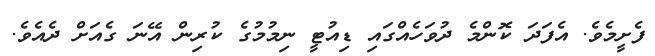
ފެށީމެވެ. އެފަދަ ކޮންމެ ދުވަހެއްގައި ޑިއުޓީ ނިމުމުގެ ކުރިން އޭނަ ގެއަށް ދެއެވެ.